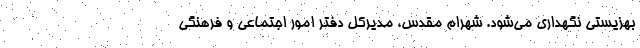
بهزیستی نگهداری می‌شود. شهرام مقدس، مدیرکل دفتر امور اجتماعی و فرهنگی